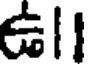
ఉll